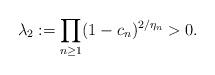
LaTeX: \begin{align*} \lambda_2:=\prod_{n\ge 1}(1-c_n)^{2/\eta_n}>0. \end{align*}